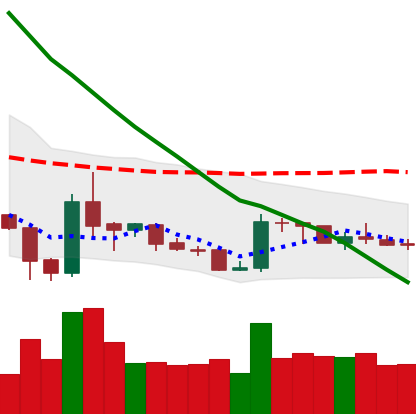
Ticker: XRP-USD
Chart end date: 2019-02-15
Forward return: 10.313%
Label: up_7plus